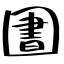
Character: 圕